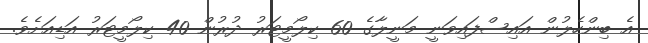
އެ ބިންހެލުން އައިސްފައިވަނީ މަނީލާގެ 60 ކިލޯމީޓަރު ދުރުން 40 ކިލޯމީޓަރު އަޑިއަށެވެ.